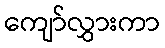
ကျော်လွှားကာ